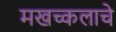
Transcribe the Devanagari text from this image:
मखच्कलाचे